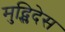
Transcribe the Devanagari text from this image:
मुद्स्लिदेस